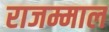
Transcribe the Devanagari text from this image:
राजम्माल